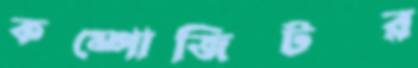
কম্পোজিটর